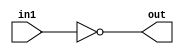
/*
    CS/ECE 552 Spring '19
    Homework #3, Problem 1

    1 input NOT
*/
module not1 (in1,out);
    input in1;
    output out;
    assign out = ~in1;
endmodule